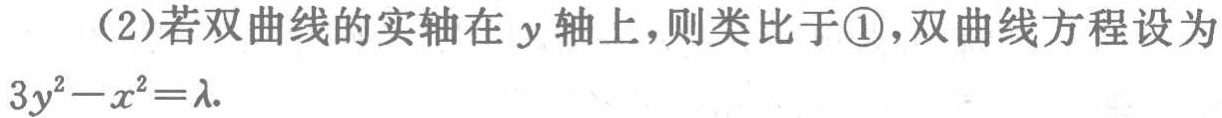
（2）若双曲线的实轴在 \(y\) 轴上，则类比于\textcircled{1}，双曲线方程设为 \(3y^{2}-x^{2}=\lambda\).